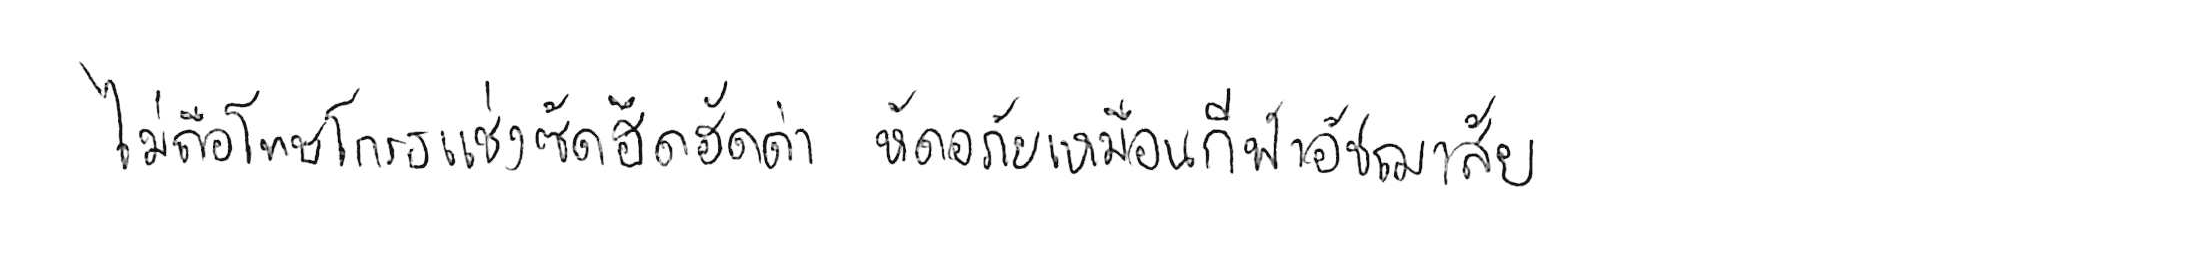
ไม่ถือโทษโกรธแช่งซัดฮึดฮัดด่า หัดอภัยเหมือนกีฬาอัชฌาสัย